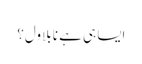
ایسا ہی ہے نا بلاول؟